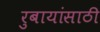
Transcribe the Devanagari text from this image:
रुबायांसाठी